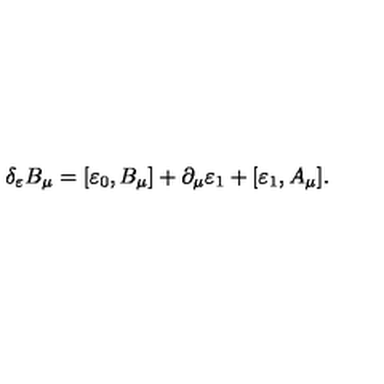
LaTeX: \delta _ { \varepsilon } B _ { \mu } = [ \varepsilon _ { 0 } , B _ { \mu } ] + \partial _ { \mu } \varepsilon _ { 1 } + [ \varepsilon _ { 1 } , A _ { \mu } ] .